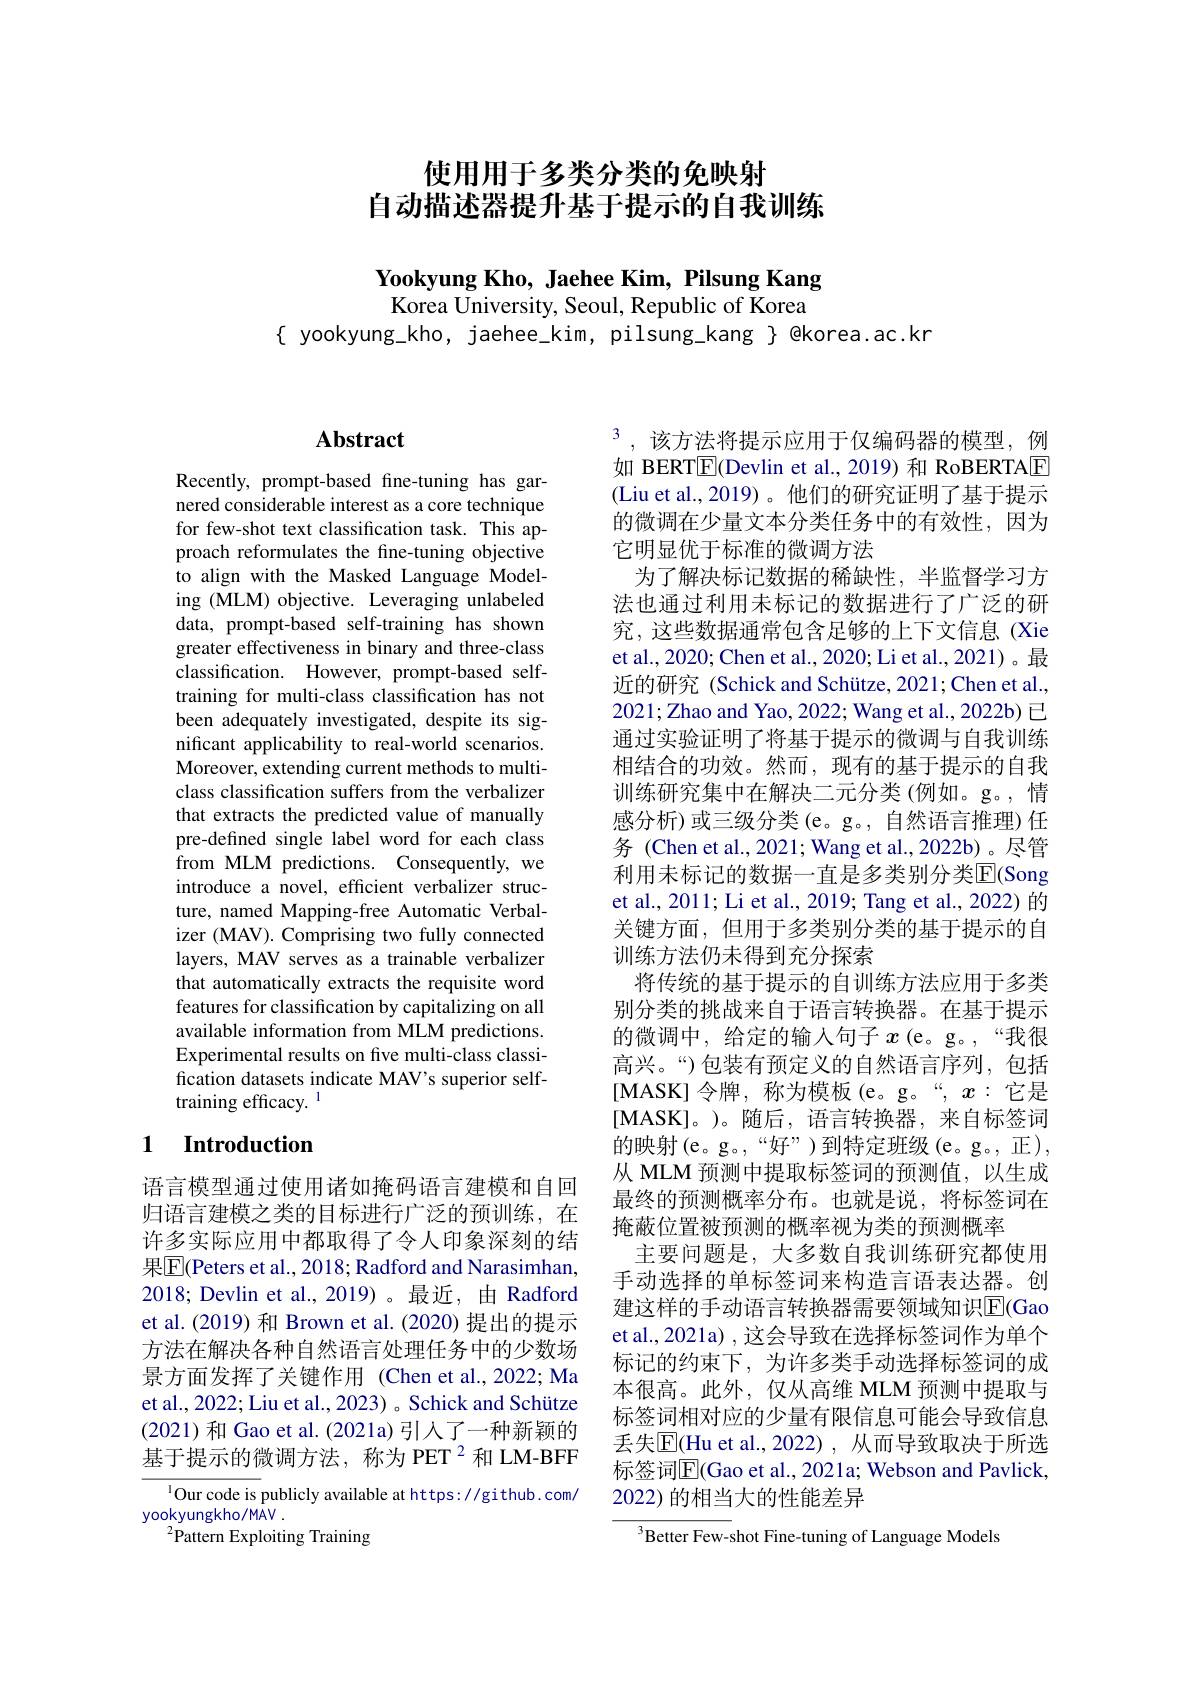
## 使用用于多类分类的免映射自动描述器提升基于提示的自我训练

Yookyung Kho, Jaehee Kim, Pilsung Kang Korea University, Seoul, Republic of Korea
$\{$ yookyung\_kho, jaehee\_kim, pilsung\_kang $\}$ @korea.ac.kr

# Abstract

Recently, prompt-based fne-tuning has garnered considerable interest as a core technique for few-shot text classification task. This approach reformulates the fine-tuning objective to align with the Masked Language Modeling (MLM) objective. Leveraging unlabeled data, prompt-based self-training has shown greater effectiveness in binary and three-class classification. However, prompt-based selftraining for multi-class classification has not been adequately investigated, despite its significant applicability to real-world scenarios. Moreover, extending current methods to multiclass classification suffers from the verbalizer that extracts the predicted value of manually pre-defined single label word for each class ${\mathrm{from~MLM~predictions.~Consequently,~we}}$ introduce a novel, efficient verbalizer structure, named Mapping-free Automatic Verbalizer (MAV). Comprising two fully connected layers, MAV serves as a trainable verbalizer that automatically extracts the requisite word features for classification by capitalizing on all available information from MLM predictions. Experimental results on fve multi-class classification datasets indicate MAV's superior selftraining efficacy. $^{1}$

# 1 Introduction

语言模型通过使用诸如掩码语言建模和自回归语言建模之类的目标进行广泛的预训练，在许多实际应用中都取得了令人印象深刻的结果$\overline{\mathrm{E}}($Peters et al., 2018; Radford and Narasimhan, 2018; Devlin et al.,2019)。最近，由 Radford et al.(2019) 和 Brown et al.(2020) 提出的提示方法在解决各种自然语言处理任务中的少数场景方面发挥了关键作用 (Chen et al.,2022; Ma et al., 2022; Liu et al., 2023) 。Schick and Schütze (2021)和 Gao et al. (2021a) 引入了一种新颖的基于提示的微调方法，称为 PET $^2$和 LM-BFF
$^{1}$Our code is publicly available at https://github.com/
yookyungkho/MAV .

${}^{2}{\mathrm{Pattern~Exploiting~Training}}$

$^3$,该方法将提示应用于仅编码器的模型，例如 BERT$\overline{\mathbb{E}}($Devlin et al., 2019) 和 RoBERTAE (Liu et al.,2019)。他们的研究证明了基于提示的微调在少量文本分类任务中的有效性，因为它明显优于标准的微调方法
为了解决标记数据的稀缺性，半监督学习方法也通过利用未标记的数据进行了广泛的研究，这些数据通常包含足够的上下文信息(Xie et al., 2020; Chen et al., 2020; Li et al., 2021)。最近的研究 (Schick and Schütze, 2021; Chen et al., 2021;Zhao and Yao, 2022; Wang et al., 2022b) 已通过实验证明了将基于提示的微调与自我训练相结合的功效。然而，现有的基于提示的自我训练研究集中在解决二元分类 (例如。g。,情感分析)或三级分类(e。g。, 自然语言推理) 任务 (Chen et al., 2021; Wang et al., 2022b)。尽管利用未标记的数据一直是多类别分类$\overline{\mathrm{E}}$(Song et al., 2011; Li et al., 2019; Tang et al., 2022) 的关键方面，但用于多类别分类的基于提示的自训练方法仍未得到充分探索
将传统的基于提示的自训练方法应用于多类别分类的挑战来自于语言转换器。在基于提示的微调中，给定的输入句子$x$ (e。g。,“我很高兴。“)包装有预定义的自然语言序列，包括[MASK]令牌，称为模板(e。g。“, $x:$它是[MASK]。)。随后，语言转换器，来自标签词的映射(e。g。,“好”)到特定班级(e。g。,正), 从 MLM 预测中提取标签词的预测值，以生成最终的预测概率分布。也就是说，将标签词在掩蔽位置被预测的概率视为类的预测概率
主要问题是，大多数自我训练研究都使用手动选择的单标签词来构造言语表达器。创建这样的手动语言转换器需要领域知识$\overline{\mathrm{E}}($Gao et al., 2021a) , 这会导致在选择标签词作为单个标记的约束下，为许多类手动选择标签词的成本很高。此外，仅从高维 MLM 预测中提取与标签词相对应的少量有限信息可能会导致信息丢失$\overline{\mathrm{E}}($Hu et al., 2022), 从而导致取决于所选标签词$\overline{\mathrm{E}}($Gao et al., 2021a; Webson and Pavlick, 2022) 的相当大的性能差异
$^{3}$Better Few-shot Fine-tuning of Language Models